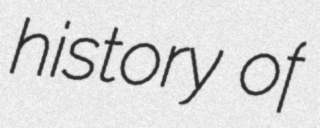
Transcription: history of